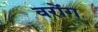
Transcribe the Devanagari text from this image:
वरोंग